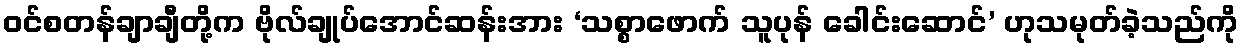
ဝင်စတန်ချာချီတို့က ဗိုလ်ချုပ်အောင်ဆန်းအား ‘သစ္စာဖောက် သူပုန် ခေါင်းဆောင်’ ဟုသမုတ်ခဲ့သည်ကို